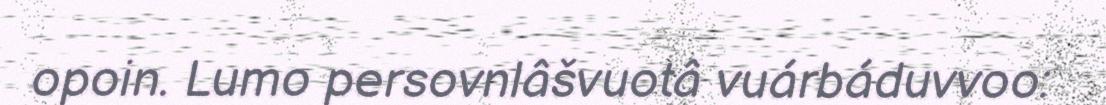
opoin. Lumo persovnlâšvuotâ vuárbáduvvoo: